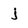
Character: j